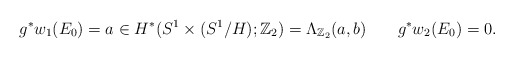
\begin{align*} g^*w_1(E_0)&=a\in H^*(S^1\times (S^1/H);\mathbb{Z}_2)=\Lambda_{\mathbb{Z}_2}(a,b)& g^*w_2(E_0)=0.\end{align*}